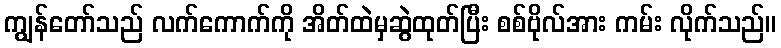
ကျွန်တော်သည် လက်ကောက်ကို အိတ်ထဲမှဆွဲထုတ်ပြီး စစ်ဗိုလ်အား ကမ်း လိုက်သည်။